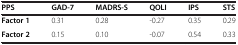
| PPS | GAD-7 | MADRS-S | QOLI | IPS | STS |
 | --- | --- | --- | --- | --- | --- |
 | Factor 1 | 0.31 | 0.28 | -0.27 | 0.35 | 0.29 |
 | Factor 2 | 0.15 | 0.10 | -0.07 | 0.54 | 0.33 |